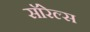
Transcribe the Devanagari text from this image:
सॉरेल्स